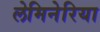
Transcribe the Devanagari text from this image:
लेमिनेरिया